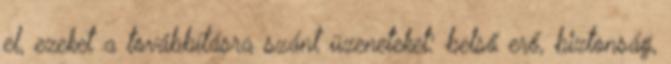
el, ezeket a továbbításra szánt üzeneteket: belső erő, biztonság,